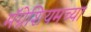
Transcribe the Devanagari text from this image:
मॅग्नेशियमच्या